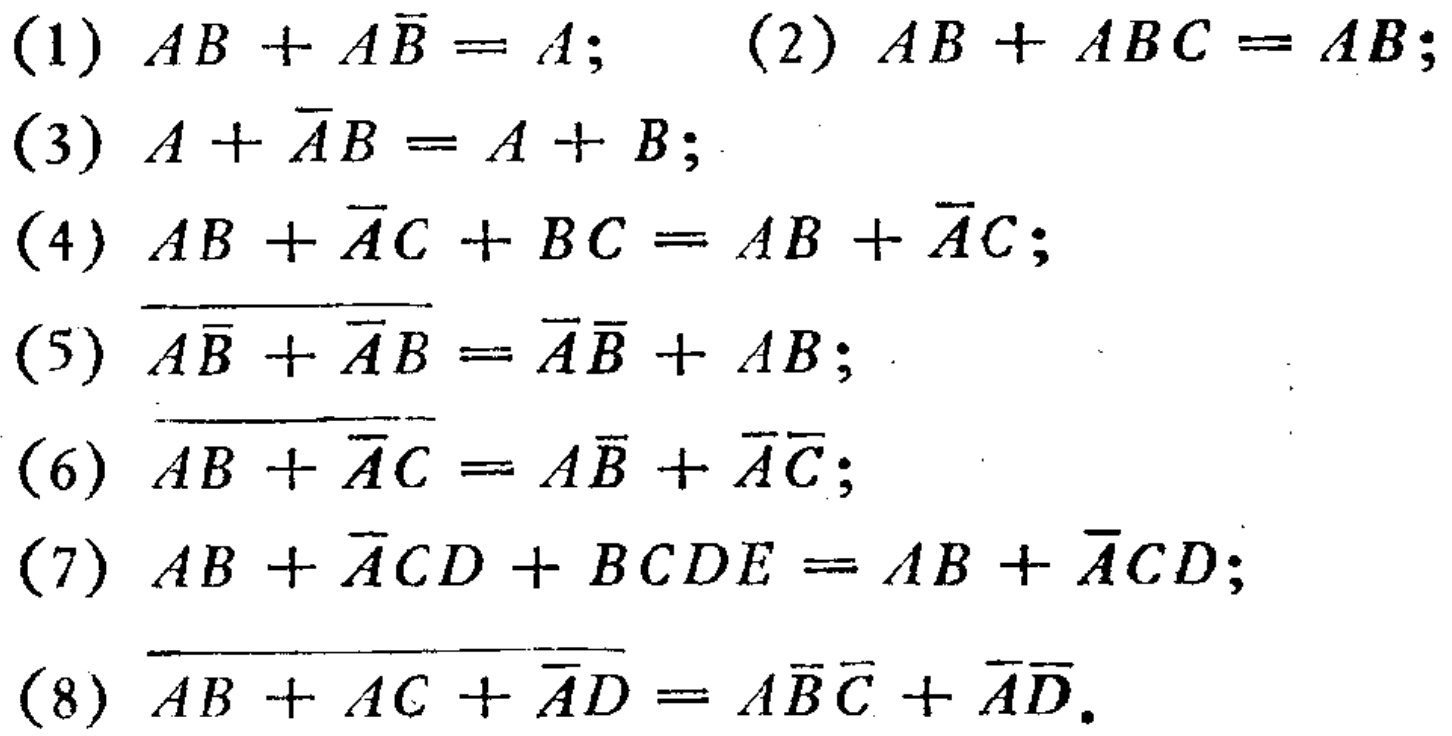
(1) \(AB + A\overline{B}=A\); (2) \(AB + ABC = AB\);

(3) \(A+\overline{A}B=A + B\);

(4) \(AB+\overline{A}C+BC=AB+\overline{A}C\);

(5) \(\overline{A\overline{B}+\overline{A}B}=\overline{A}\overline{B}+AB\);

(6) \(\overline{AB+\overline{A}C}=A\overline{B}+\overline{A}\overline{C}\);

(7) \(AB+\overline{A}CD+BCDE=AB+\overline{A}CD\);

(8) \(\overline{AB + AC+\overline{A}D}=A\overline{B}\overline{C}+\overline{A}\overline{D}\)